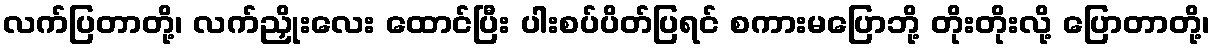
လက်ပြတာတို့၊ လက်ညှိုးလေး ထောင်ပြီး ပါးစပ်ပိတ်ပြရင် စကားမပြောဘို့ တိုးတိုးလို့ ပြောတာတို့၊